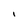
Character: l